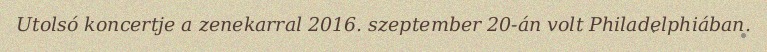
Utolsó koncertje a zenekarral 2016. szeptember 20-án volt Philadelphiában.